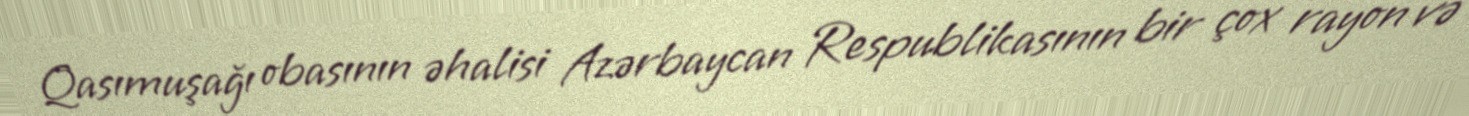
Qasımuşağı obasının əhalisi Azərbaycan Respublikasının bir çox rayon və